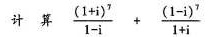
计 算 $$\frac { ( 1 + i ) ^ { 7 } } { 1 - i } + \frac { ( 1 - i ) ^ { 7 } } { 1 + i }$$